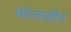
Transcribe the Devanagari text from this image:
फोलासीन